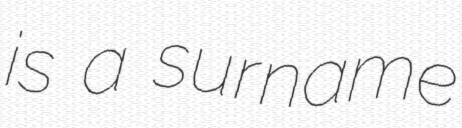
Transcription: is a surname